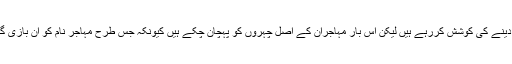
اب ایک بار پھر روپ تبدیل کرکے قوم کو پھر نئے سرے سے دھوکہ دینے کی کوشش کررہے ہیں لیکن اس بار مہاجران کے اصل چہروں کو پہچان چکے ہیں کیونکہ جس طرح مہاجر نام کو ان بازی گروں نے اپنے ذاتی مفادات کیلئے استعمال کیا وہ کسی سے پوشیدہ نہیں۔